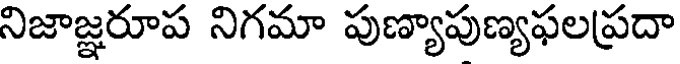
నిజాజ్ఞరూప నిగమా పుణ్యాపుణ్యఫలప్రదా